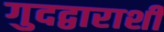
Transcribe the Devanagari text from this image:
गुदद्वाराशी